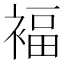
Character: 褔